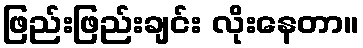
ဖြည်းဖြည်းချင်း လိုးနေတာ။